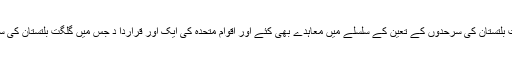
اس معاہدے کی رو سے حکومت پاکستان نے دوسرے ممالک سے گلگت بلتستان کی سرحدوں کے تعین کے سلسلے میں معاہدے بھی کئے اور اقوام متحدہ کی ایک اور قراردا د جس میں گلگت بلتستان کی سا لمیت کو تحفظ دیا گیا،وہ بھی نظر انداز کرکے بدنیتی کا ثبوت دیا گیا ۔